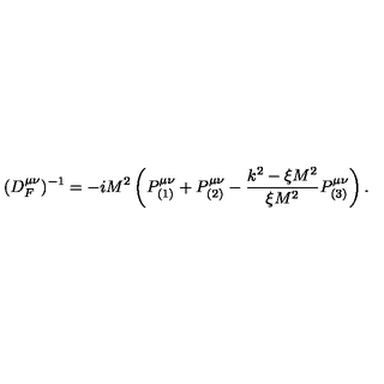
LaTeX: ( D _ { F } ^ { \mu \nu } ) ^ { - 1 } = - i M ^ { 2 } \left( P _ { ( 1 ) } ^ { \mu \nu } + P _ { ( 2 ) } ^ { \mu \nu } - \frac { k ^ { 2 } - \xi M ^ { 2 } } { \xi M ^ { 2 } } P _ { ( 3 ) } ^ { \mu \nu } \right) .